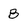
Character: B